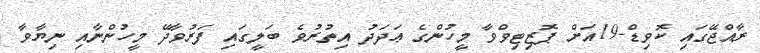
ރާއްޖޭގައި ކޮވިޑް-19އަށް ޕޮޒިޓިވްވާ މީހުންގެ ޢަދަދު އިތުރުވެ ބަލީގައި ފަރުވާދޭ މީހުންނާއި ނިޔާވާ